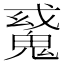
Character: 𩳠